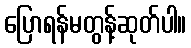
ပြောရန်မတွန့်ဆုတ်ပါ။